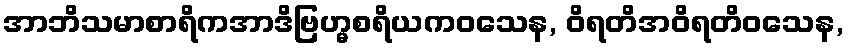
အာဘိသမာစာရိကအာဒိဗြဟ္မစရိယကဝသေန, ဝိရတိအဝိရတိဝသေန,